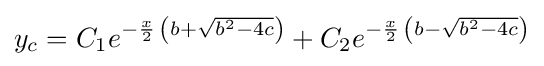
y_{c}=C_{1}e^{-{\frac {x}{2}}\,\left(b+{\sqrt {b^{2}-4c}}\right)}+C_{2}e^{-{\frac {x}{2}}\,\left(b-{\sqrt {b^{2}-4c}}\right)}